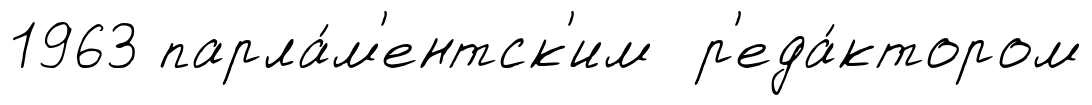
1963 парла́м'ентск'им р'еда́ктором